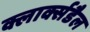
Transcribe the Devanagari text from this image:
क्लार्क्सडैल